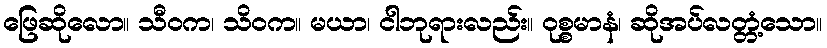
ဖြေဆိုလော။ သီဝက၊ သိဝက။ မယာ၊ ငါဘုရားလည်း။ ဝုစ္စမာနံ၊ ဆိုအပ်လတ္တံ့သော။